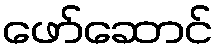
ဖော်ဆောင်